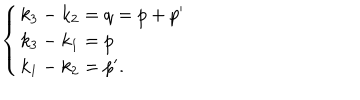
LaTeX: \left\{ \begin{array} { l } { { k _ { 3 } - k _ { 2 } = q = p + p ^ { \prime } } } \\ { { k _ { 3 } - k _ { 1 } = p } } \\ { { k _ { 1 } - k _ { 2 } = p ^ { \prime } . } } \\ \end{array} \right.